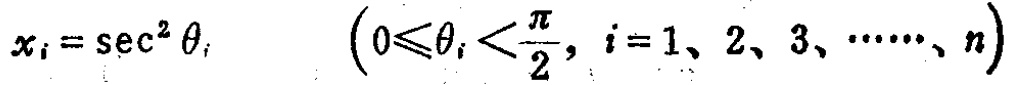
\(x_{i}=\sec^{2}\theta_{i}\quad \left(0\leqslant\theta_{i}<\frac{\pi}{2}, i = 1,2,3,\cdots\cdots,n\right)\)